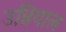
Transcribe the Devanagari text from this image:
उन्नियाल